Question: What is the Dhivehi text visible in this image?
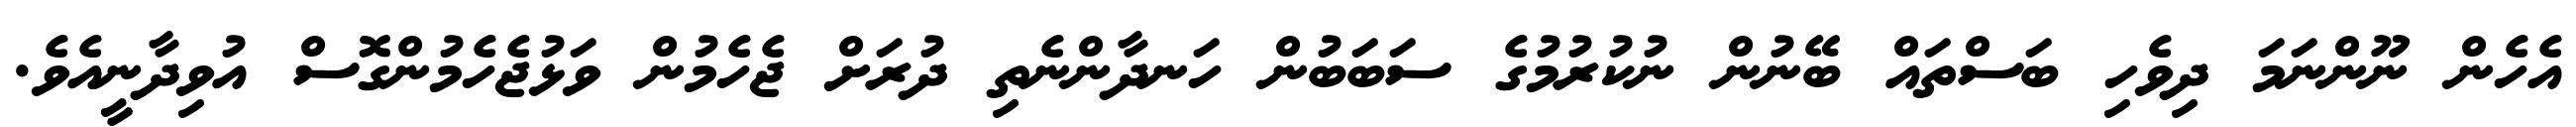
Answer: އެހެން ނޫންނަމަ ދިވެހި ބަސްތައް ބޭނުން ނުކުރުމުގެ ސަބަބުން ހަނދާންނެތި ދުރަށް ޖެހެމުން ވަޅުޖެހެމުންގޮސް އުވިދާނީއެވެ.